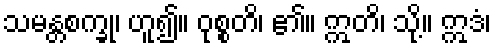
သမန္တစက္ခု၊ ဟူ၍။ ဝုစ္စတိ၊ ၏။ ဣတိ၊ သို့။ ဣဒံ၊